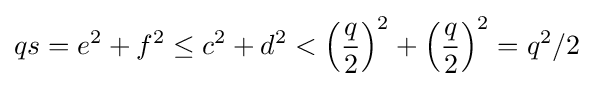
qs=e^{2}+f^{2}\leq c^{2}+d^{2}<\left({\frac {q}{2}}\right)^{2}+\left({\frac {q}{2}}\right)^{2}=q^{2}/2